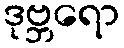
ဒုဗ္ဘရော